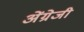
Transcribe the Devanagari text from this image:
अेंग्रेजी